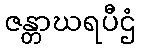
ဇန္တာဃရပီဌံ